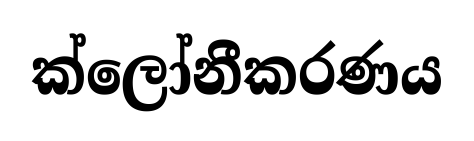
ක්ලෝනීකරණය